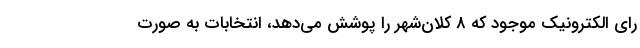
رای الکترونیک موجود که ۸ کلان‌شهر را پوشش می‌دهد، انتخابات به صورت